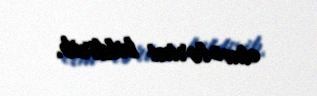
etmələrini bildirib.